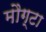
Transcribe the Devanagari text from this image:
मौग्टा